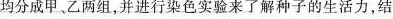
均分成甲、乙两组，并进行染色实验来了解种子的生活力，结